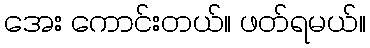
အေး ကောင်းတယ်။ ဖတ်ရမယ်။